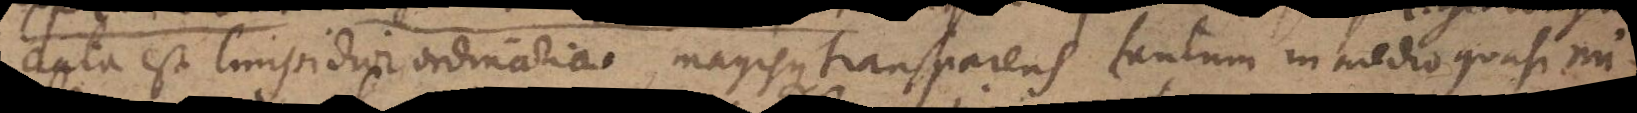
ciata est limpidior ordinaria, magisque transparens tantum in medio quasi nu-